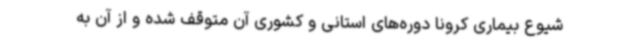
شیوع بیماری کرونا دوره‌های استانی و کشوری آن متوقف ‌شده و از آن به